Indian journal of veterinary science and animal husbandry - Volumes 24-25, 1954-1955
Year: 1954
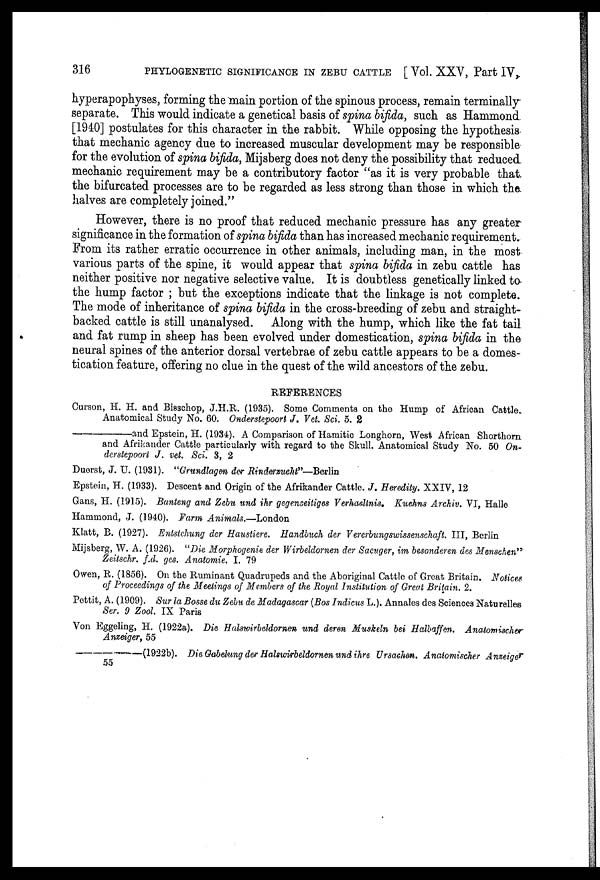
316
PHYLOGENETIC SIGNIFICANCE IN ZEBU CATTLE [ Vol. XXV, Part IV,
hyperapophyses, forming the main portion of the spinous process, remain terminally
separate. This would indicate a genetical basis of spina bifida, such as Hammond
[1940] postulates for this character in the rabbit. While opposing the hypothesis
that mechanic agency due to increased muscular development may be responsible
for the evolution of spina bifida, Mijsberg does not deny the possibility that reduced
mechanic requirement may be a contributory factor "as it is very probable that
the bifurcated processes are to be regarded as less strong than those in which the
halves are completely joined."
However, there is no proof that reduced mechanic pressure has any greater
significance in the formation of spina bifida than has increased mechanic requirement.
From its rather erratic occurrence in other animals, including man, in the most
various parts of the spine, it would appear that spina bifida in zebu cattle has
neither positive nor negative selective value. It is doubtless genetically linked to
the hump factor ; but the exceptions indicate that the linkage is not complete.
The mode of inheritance of spina bifida in the cross-breeding of zebu and straight-
backed cattle is still unanalysed. Along with the hump, which like the fat tail
and fat rump in sheep has been evolved under domestication, spina bifida in the
neural spines of the anterior dorsal vertebrae of zebu cattle appears to be a domes-
tication feature, offering no clue in the quest of the wild ancestors of the zebu.
REFERENCES
Curson, H. H. and Bisschop, J.H.R. (1935). Some Comments on the Hump of African Cattle.
Anatomical Study No. 60. Onderstepoort J. Vet. Sci. 5. 2
———and
Epstein, H. (1934). A Comparison of Hamitic Longhorn, West African Shorthorn
and Afrikander Cattle particularly with regard to the Skull. Anatomical Study No. 50 On-
derstepoort J. vet. Sci. 3, 2
Duorst, J. U. (1931). "Grundlagn der Rinderzucht"—Berlin
Epstein, H. (1933). Descent and Origin of the Afrikander Cattle. J. Heredity. XXIV, 12
Gans, H. (1915). Banteng and Zebu und ihr gegenseitiges Verhaelinis. Kuchns Archiv. VI, Halle
Hammond, J. (1940). Farm Animals.—London.
Klatt, B. (1927). Entstchung der Haustiere. Handbuch der Vererbungswissenschaft III, Berlin
Mijsberg, W. A. (1926). "Die Morphogenie der Wirbeldornen der Sacuger, im besonderen des Menschen"'
Zeitschr. f.d. ges. Anatomie. I. 79
Owen, R. (1856). On the Ruminant Quadrupeds and the Aboriginal Cattle of Great Britain. Notices
of Proceedings of the Meetings of Members of the Royal Institution of Great Britain. 2.
Pettit, A. (1909). Sur la Bosse du Zebu de Madagascar (Bos Indicus L.). Annales des Sciences Naturelles
Ser. 9 Zool. IX Paris
Von Eggeling, H. (1922a). Die Halswirbeldornen und deren Muskeln bei Halbaffen.
Anatomischer
Anzeiger, 55
———(1922b).
Die Gabelung der Halswirbeldornen und ihre Ursachen. Anatomischer Anzeige r
55